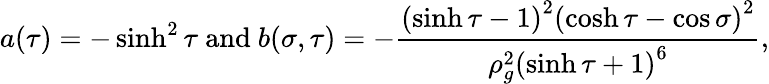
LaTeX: a(\tau)=-\sinh^{2}\tau\mathrm{~and~}b(\sigma,\tau)=-\frac{\left(\sinh\tau-1\right)^{2}\left(\cosh\tau-\cos\sigma\right)^{2}}{\rho_{g}^{2}\left(\sinh\tau+1\right)^{6}},